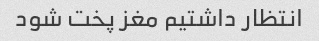
انتظار داشتیم مغز پخت شود